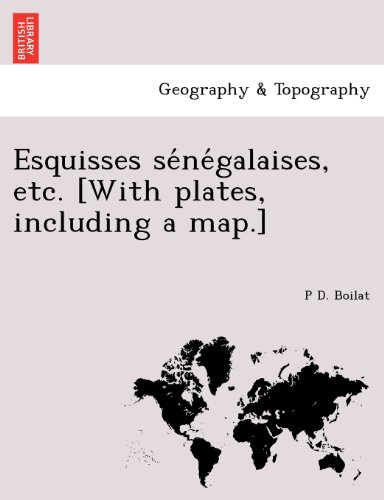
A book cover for Esquisses senegalaises, etc. [With plates, including a map.] (French Edition); P D. Boilat; Travel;